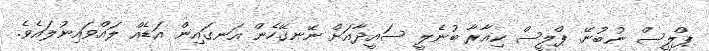
ޕްލީސް ނުބުނޭ. ޕްލީސް ކިއާރާ ބުނެލީ ސައީދާއަށް ނޭނގޭހެން އަނގައިން އަޑެއް ލައްވައިނުލައެވެ.